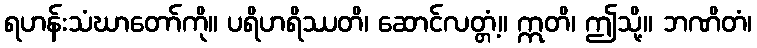
ရဟန်းသံဃာတော်ကို။ ပရိဟရိဿတိ၊ ဆောင်လတ္တံ့။ ဣတိ၊ ဤသို့။ ဘဏိတံ၊